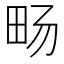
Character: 𪽈